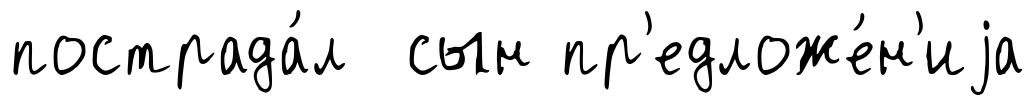
пострада́л сын пр'едложе́н'иjа